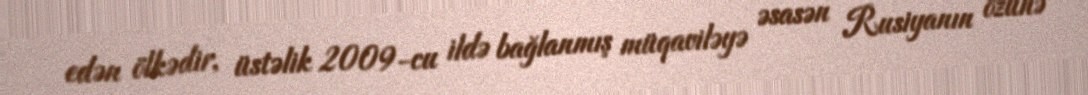
edən ölkədir, üstəlik 2009-cu ildə bağlanmış müqaviləyə əsasən Rusiyanın özünə